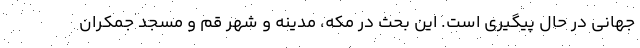
جهانی در حال پیگیری است. این بحث در مکه، مدینه و شهر قم و مسجد جمکران